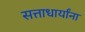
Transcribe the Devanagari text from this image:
सत्ताधार्यांना